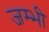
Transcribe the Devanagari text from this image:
जम्भी